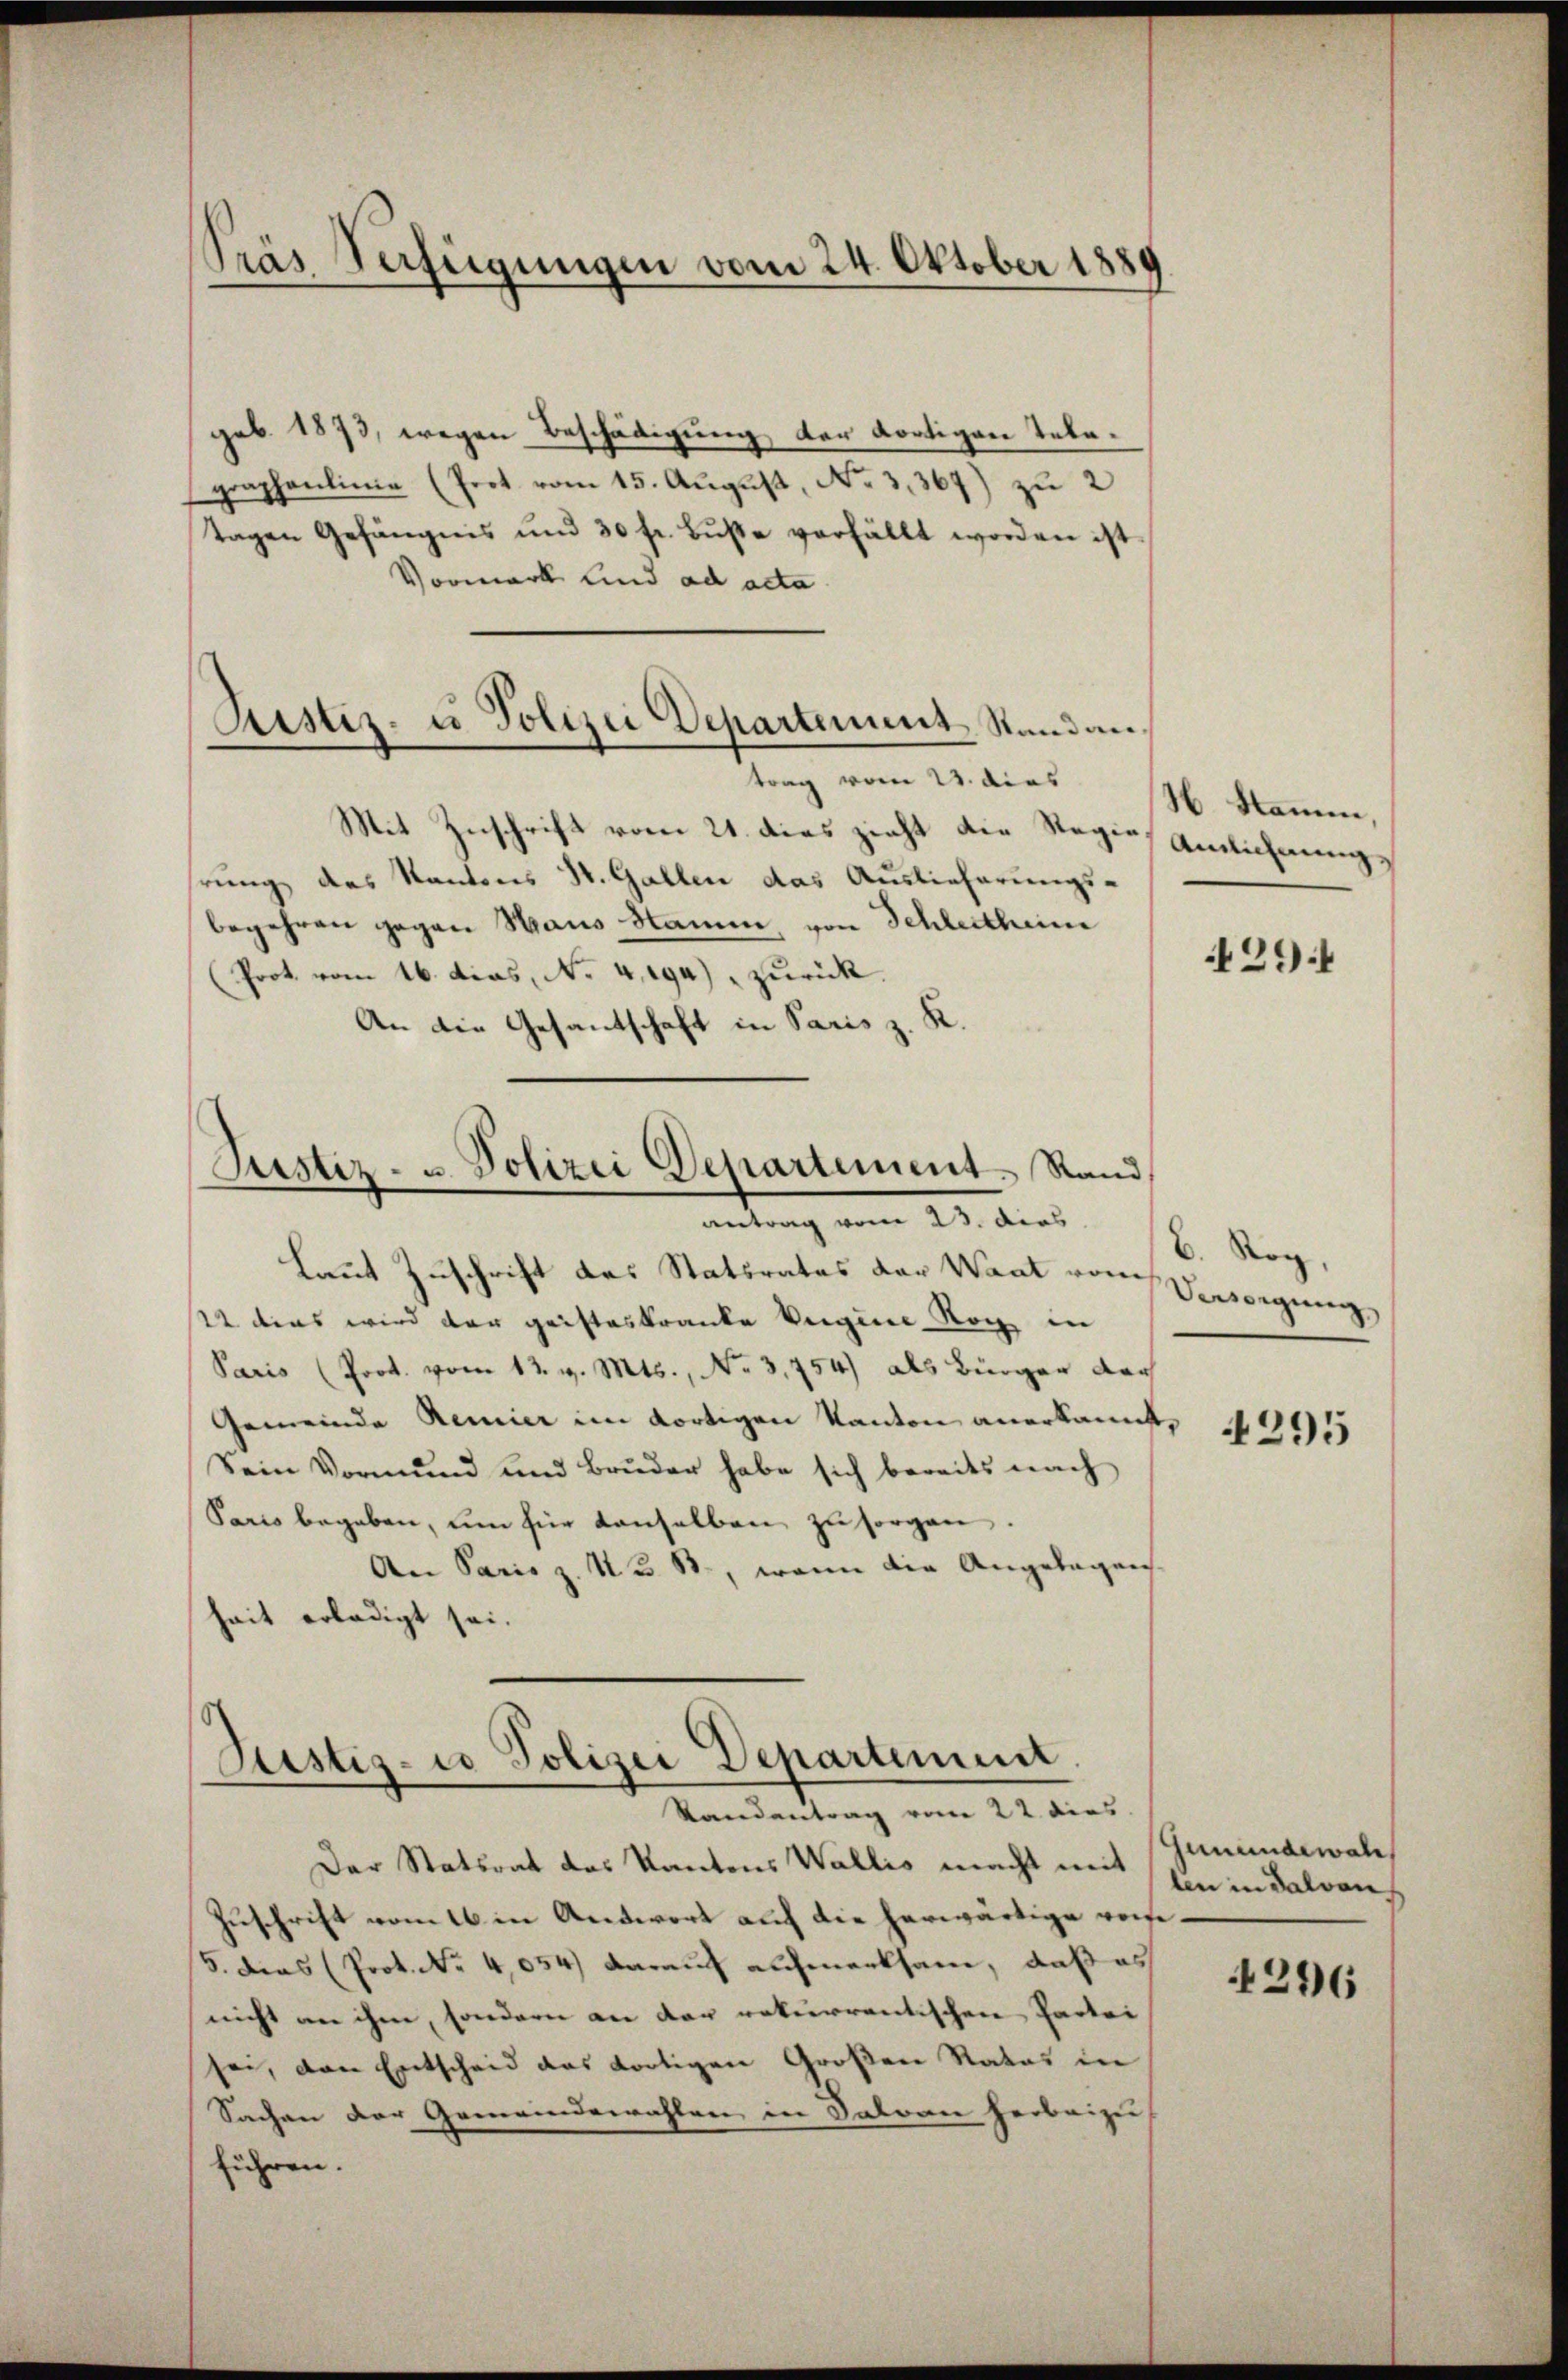
Pras Verfügungen vom 24. Oktober 1889

geb. 1873, wegen Beschädigung der dortigen Telegraphenlinie (Prot. vom 15. August, No 3,367) zu 2
tagen Gefängnis und 30 fr. Bŭβe verfällt worden ist.
Vormerk Land ad acta
Mit Zuschrift vom 21. dies zicht die Regie, Amlichnung,
rung des Kantons St. Gallen das Auslieferungsbegehren gegen Haus Hamm, von Schleitheime
Prot. vom 16. dies, No. 4194), zurück.
An die Gesandschaft in Paris z. R.
Justiz- & Polizei Departement Rand
antrag vom 23. dies
Laut Zuschrift des Statsrates der Want rauch Passigung
2t dens wird der geisteskranke Vergine Noch in
Paris (Prot. vom 12. v. Mts., No 3,754) als Bürger dar
Gemeinde Remier im dortigen Kanton anerkannt,
Sein Vormund und Bruder habe sich bereits nach
Paris begeben, um für denselben zŭ sorgen,
An Paris z. N. B., wenn die Angelegens
hait erledigt sei.

Ristiz- u Polizei Departement Stand antrag vom 23. dies

Justiz- u Polizei Departement.
Randantrag vom 22. dies

Der Statsrat des Kantons Wallis macht mit Genundewah
Zuschrift vom 16. in Antwort auf die herwärtige weise.
S. dies (Prot. No 4,054) darauf aufmerksam, daß es
nicht an ihm, sondern an der rekurrentischen Partei
sei, den Entscheid das fortigen Großen Rates in
Sachen der Gemeindewahlen in Salvan herbeizus
führen.

H. Stamm,

29.1

b. Rog,

4295

len in davon

296